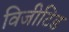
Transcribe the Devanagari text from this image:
विजीटिड